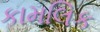
કામલિક